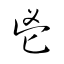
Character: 鬯